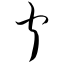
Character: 宁